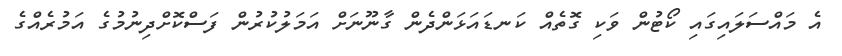
އެ މައްސަލައިގައި ކޯޓުން ވަކި ގޮތެއް ކަނޑައަޅަންދެން ގާނޫނަށް އަމަލުކުރުން ފަސްކޮށްދިނުމުގެ އަމުރެއްގެ